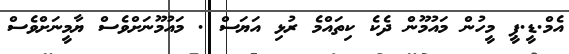
އެމް.ޑީ.ޕީ މީހުން މައުމޫން ދެކެ ކިތައްމެ ރުޅި އަޔަސް . މައުމޫނަށްވެސް ޔާމީނަށްވެސް